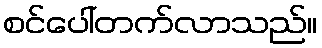
စင်ပေါ်တက်လာသည်။